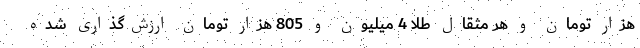
هزار تومان و هر مثقال طلا 4 میلیون و 805 هزار تومان ارزش‌گذاری شده